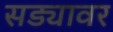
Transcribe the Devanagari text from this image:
सड्यावर